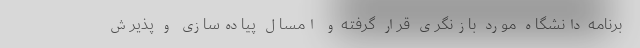
برنامه دانشگاه مورد بازنگری قرار گرفته و امسال پیاده‌سازی و پذیرش